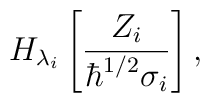
H_{\lambda_{i}}\left[\frac{Z_{i}}{\hbar^{1/2}\sigma_{i}}\right],